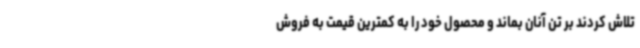
تلاش کردند بر تن آنان بماند و محصول خود را به کمترین قیمت به فروش